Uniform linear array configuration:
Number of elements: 4
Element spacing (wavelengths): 0.25
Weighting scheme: exponential
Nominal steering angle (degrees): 30
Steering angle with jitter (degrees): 30.694
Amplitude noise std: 0.05
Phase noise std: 0.05

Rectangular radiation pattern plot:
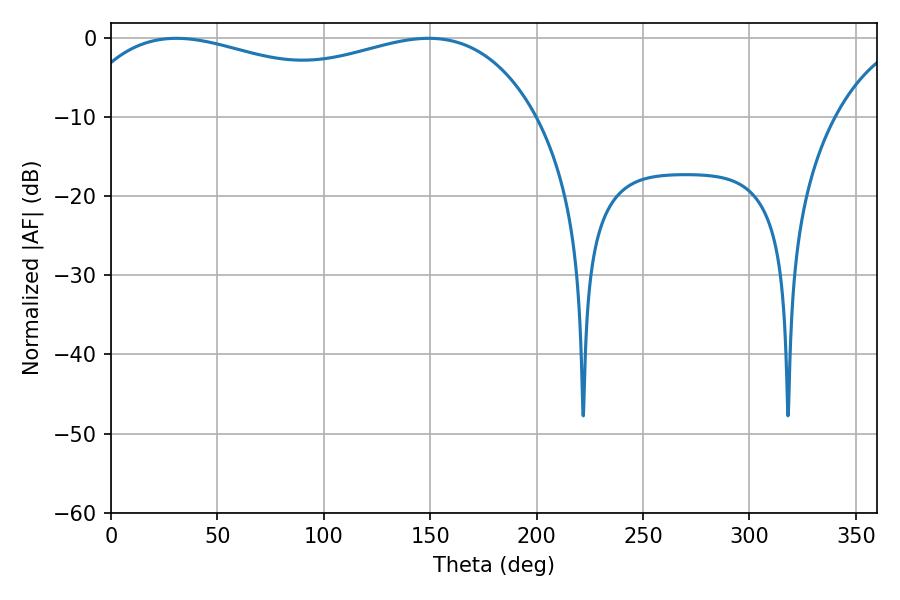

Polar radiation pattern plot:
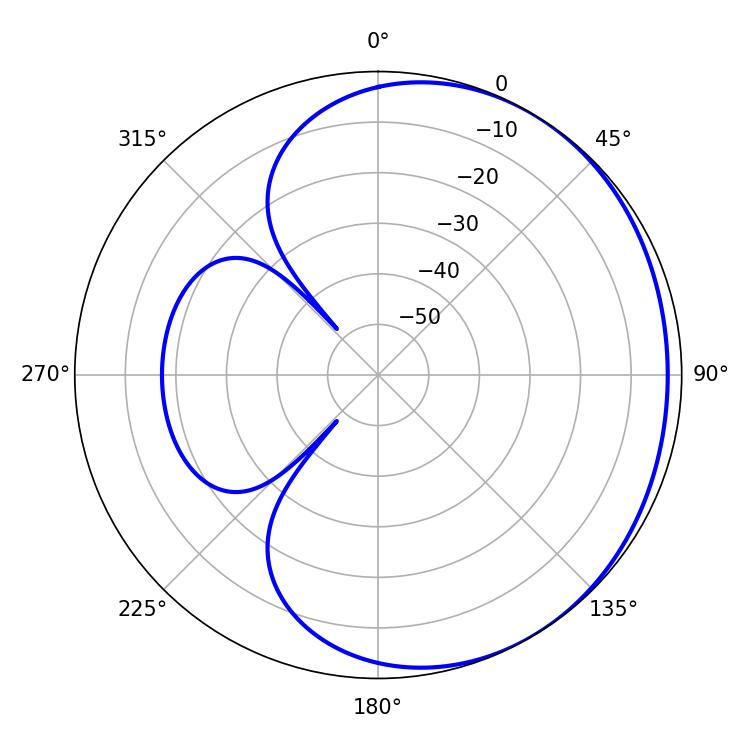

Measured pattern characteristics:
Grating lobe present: FALSE
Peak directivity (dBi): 1.477
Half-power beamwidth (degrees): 179.28
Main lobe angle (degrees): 30.78